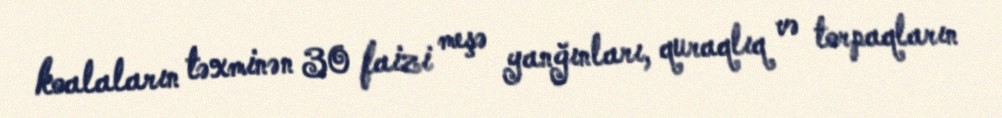
koalaların təxminən 30 faizi meşə yanğınları, quraqlıq və torpaqların